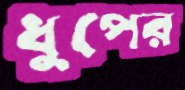
ধুপের